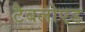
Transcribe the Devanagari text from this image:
टैबलोएड